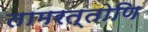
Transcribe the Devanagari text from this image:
तामरत्तोणि